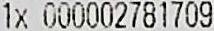
1X 000002781709